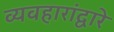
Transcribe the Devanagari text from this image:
व्यवहारांद्वारे